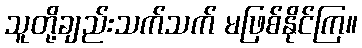
သူတို့ချည်းသက်သက် မဖြစ်နိုင်ကြ။